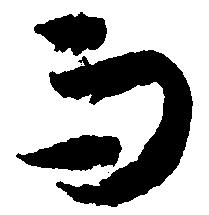
而